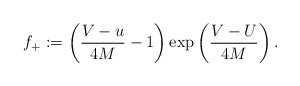
\begin{align*}f_+ := \left(\frac{V-u}{4M}-1\right)\exp\left(\frac{V-U}{4M}\right).\end{align*}